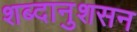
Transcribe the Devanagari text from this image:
शब्दानुशसन